Annual report on the working of the mental hospitals in the Madras Presidency - 1912-1932
Year: 1912
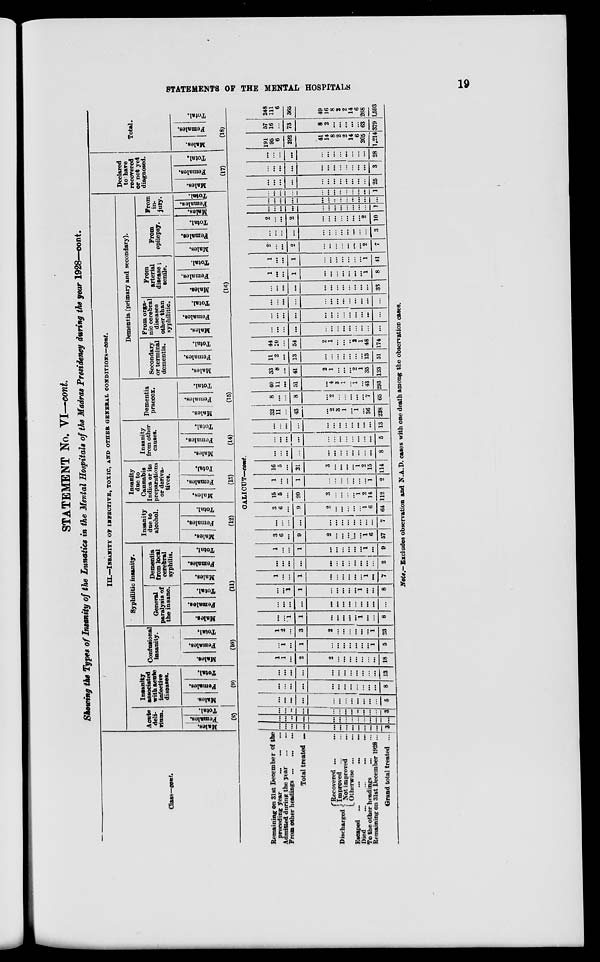
STATEMENTS OF THE MENTAL HOSPITALS
19
STATEMENT No. VI—cont.
Showing the Types of Insanity of the Lunatics in the Mental Hospitals of the Madras Presidency during the year 1928—cont.
Class—cont.
III.—INSANITY OF INFECTIVE, TOXIC, AND OTHER GENERAL CONDITIONS—cont.
Acute
deli-
rium.
Males.
Females.
Total.
(8)
Insanity
associated
with acute
infective
diseases.
Males.
Females.
Total.
(9)
Confusional
insanity.
Males.
Females.
Total.
(10)
Syphilitic insanity.
General
paralysis of
the insane.
Males.
Females.
Total.
Dementia
from local
cerebral
syphilis.
Males.
Females.
Total.
(11)
Insanity
due to
alcohol.
Males.
Females.
Total.
(12)
Insanity
due to
Cannabis
Indica or its
preparations
or deriva-
tives.
Males.
Females.
Total.
(13)
Insanity
from other
causes.
Males.
Females.
Total.
(14)
Dementia
praecox.
Males.
Females.
Total.
(15)
Dementia (primary and secondary).
Secondary
or terminal
dementia.
Males.
Females.
Total.
Prom orga-
nic cerebral
diseases
other than
syphilitic.
Males.
Females.
Total.
From
arterial
disease;
senile.
Males.
Females.
Total.
From
epilepsy.
Males.
Females.
Total.
From
in-
jury.
Males.
Females.
Total.
(16)
Declared
to have
recovered
or not yet
diagnosed.
Males.
Females.
Total.
(17)
Total.
Males.
Females.
Total.
(18)
CALICUT—cont.
Remaining on 31st December of the
preceding year ... ... ...
Admitted during the year
...
...
From other headings
...
...
Total treated ...
Discharged
Recovered ...
...
Improved ... ...
Not improved
...
Otherwise ...
...
Escaped
...
...
...
...
Died ... ... ... ...
To the other headings
...
...
Remaining on 31st December 1928...
Grand total treated ...
...
...
...
...
...
...
...
...
...
...
...
...
3
...
...
...
...
...
...
...
...
...
...
...
...
...
...
...
...
...
...
...
...
...
...
...
...
...
3
...
...
...
...
...
...
...
...
...
...
...
...
5
...
...
...
...
...
...
...
...
...
...
...
...
8
...
...
...
...
...
...
...
...
...
...
...
...
13
1
1
...
2
2
...
...
...
...
...
...
...
18
...
1
...
1
...
...
...
...
...
...
...
1
5
1
2
...
3
2
...
...
...
...
...
...
1
23
...
...
1
1
...
...
...
...
...
1
...
...
8
...
...
...
...
...
...
...
...
...
...
...
...
...
...
...
1
1
...
...
...
...
...
1
...
...
8
1
...
...
1
...
...
...
...
...
...
1
...
7
...
...
...
...
...
...
...
...
...
...
...
...
2
1
...
...
1
...
...
...
...
...
...
1
...
9
3
6
...
9
2
...
...
...
...
...
1
6
57
...
...
...
...
...
...
...
...
...
...
...
...
7
3
6
...
9
2
...
...
...
...
...
1
6
64
15
5
...
20
3
...
...
...
...
1
2
14
112
1
...
...
1
...
...
...
...
...
...
...
1
2
16
5
...
21
3
...
...
...
...
1
2
15
114
...
...
...
...
...
...
...
...
...
...
...
...
8
...
...
...
...
...
...
...
...
...
...
...
...
5
...
...
...
...
...
...
...
...
...
...
...
...
13
32
11
...
43
...
2
3
1
...
1
...
36
228
8
...
...
8
...
2
...
...
...
...
...
7
65
40
11
...
51
...
4
3
1
...
1
...
43
293
33
8
...
41
2
1
...
...
...
2
1
35
123
11
2
...
13
...
...
...
...
...
...
...
13
51
44
10
...
54
2
1
...
...
..
2
1
48
174
...
...
...
...
...
...
...
...
...
...
...
...
...
...
...
...
...
...
...
...
...
...
...
...
...
...
...
...
...
...
...
...
...
...
...
...
...
...
...
...
...
...
...
...
...
...
...
...
...
...
...
33
1
...
...
1
...
...
...
...
...
...
...
1
8
1
...
...
1
...
...
...
...
...
...
...
1
41
2
...
...
2
...
...
...
...
...
...
...
2
7
...
...
...
...
...
...
...
...
...
...
...
...
3
2
...
...
2
...
...
...
...
...
...
...
2
10
...
...
...
...
...
...
...
...
...
...
...
...
1
...
...
...
...
...
...
...
...
...
...
...
...
...
...
...
...
...
...
...
...
...
...
...
...
...
1
...
...
...
...
...
...
...
...
...
...
...
...
25
...
...
...
...
...
...
...
...
...
...
...
...
3
...
...
...
...
...
...
...
...
...
...
...
...
28
191
95
6
292
41
14
8
2
2
14
6
205
1,214
57
16
...
73
8
2
...
...
...
...
...
63
379
248
111
6
365
49
16
8
2
2
14
6
268
1,593
Note.—Excludes observation and N.A.D. cases with one death among the observation cases.